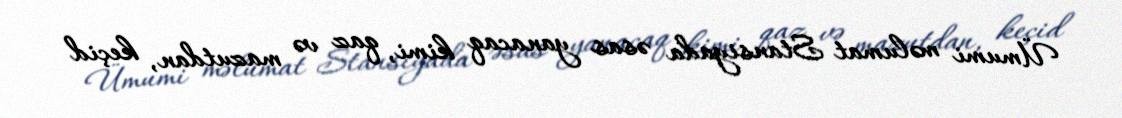
Ümumi məlumat Stansiyada əsas yanacaq kimi, qaz və mazutdan, keçid